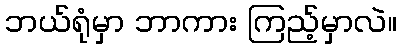
ဘယ်ရုံမှာ ဘာကား ကြည့်မှာလဲ။